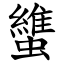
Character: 䗽